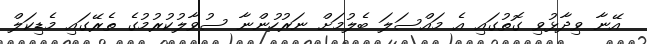
އޭނާ ވިދާޅުވި ގޮތުގައި އެ މައްސަލަ ބެލުމަށް ނަރުހުންނާ ސުވާލުކުރުމުގެ ތެރޭގައި މެޑިކަލް